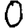
Digit: 0